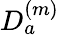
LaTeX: D_{a}^{(m)}